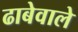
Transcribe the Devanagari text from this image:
ढाबेवाले